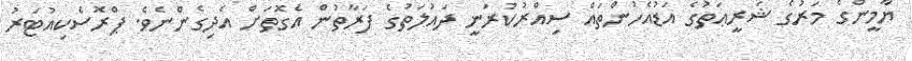
ޔާމީންގެ މަރުގެ ޝަރީޢަތުގެ އަޑުއެހުންތައް ސިއްރުކުރަނީ ދައުލަތުގެ ފަރާތުން އެގޮތަށް އެދިގެންނެވެ. ޕްރޮސެކިއުޓަރު